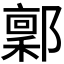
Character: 𬪙